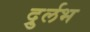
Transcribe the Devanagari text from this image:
दुर्र्लभ